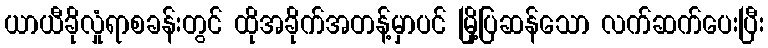
ယာယီခိုလှုံရာစခန်းတွင် ထိုအခိုက်အတန့်မှာပင် မြို့ပြဆန်သော လက်ဆက်ပေးပြီး